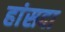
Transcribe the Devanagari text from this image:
हांसदा